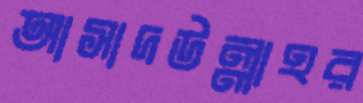
আসাদউল্লাহর